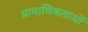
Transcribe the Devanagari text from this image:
प्रामाणिकताओं